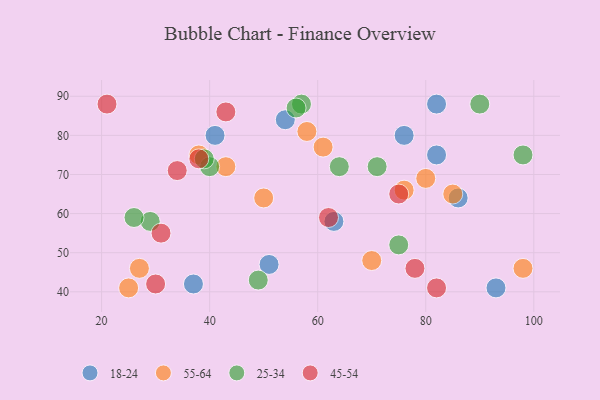
{"axis": {"x": "GDP", "y": "Life Expectancy"}, "legend": ["18-24", "25-34", "45-54", "55-64"], "data": [{"x": "86", "y": 64, "type": "18-24"}, {"x": "76", "y": 80, "type": "18-24"}, {"x": "82", "y": 88, "type": "18-24"}, {"x": "51", "y": 47, "type": "18-24"}, {"x": "41", "y": 80, "type": "18-24"}, {"x": "93", "y": 41, "type": "18-24"}, {"x": "37", "y": 42, "type": "18-24"}, {"x": "54", "y": 84, "type": "18-24"}, {"x": "63", "y": 58, "type": "18-24"}, {"x": "82", "y": 75, "type": "18-24"}, {"x": "85", "y": 65, "type": "55-64"}, {"x": "76", "y": 66, "type": "55-64"}, {"x": "98", "y": 46, "type": "55-64"}, {"x": "80", "y": 69, "type": "55-64"}, {"x": "25", "y": 41, "type": "55-64"}, {"x": "50", "y": 64, "type": "55-64"}, {"x": "43", "y": 72, "type": "55-64"}, {"x": "70", "y": 48, "type": "55-64"}, {"x": "38", "y": 75, "type": "55-64"}, {"x": "61", "y": 77, "type": "55-64"}, {"x": "27", "y": 46, "type": "55-64"}, {"x": "58", "y": 81, "type": "55-64"}, {"x": "90", "y": 88, "type": "25-34"}, {"x": "40", "y": 72, "type": "25-34"}, {"x": "39", "y": 74, "type": "25-34"}, {"x": "29", "y": 58, "type": "25-34"}, {"x": "57", "y": 88, "type": "25-34"}, {"x": "98", "y": 75, "type": "25-34"}, {"x": "64", "y": 72, "type": "25-34"}, {"x": "49", "y": 43, "type": "25-34"}, {"x": "71", "y": 72, "type": "25-34"}, {"x": "75", "y": 52, "type": "25-34"}, {"x": "56", "y": 87, "type": "25-34"}, {"x": "26", "y": 59, "type": "25-34"}, {"x": "82", "y": 41, "type": "45-54"}, {"x": "31", "y": 55, "type": "45-54"}, {"x": "30", "y": 42, "type": "45-54"}, {"x": "38", "y": 74, "type": "45-54"}, {"x": "21", "y": 88, "type": "45-54"}, {"x": "34", "y": 71, "type": "45-54"}, {"x": "43", "y": 86, "type": "45-54"}, {"x": "62", "y": 59, "type": "45-54"}, {"x": "78", "y": 46, "type": "45-54"}, {"x": "75", "y": 65, "type": "45-54"}]}